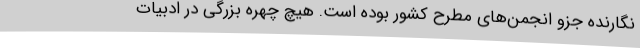
نگارنده جزو انجمن‌های مطرح کشور بوده‌ است. هیچ چهره بزرگی در ادبیات